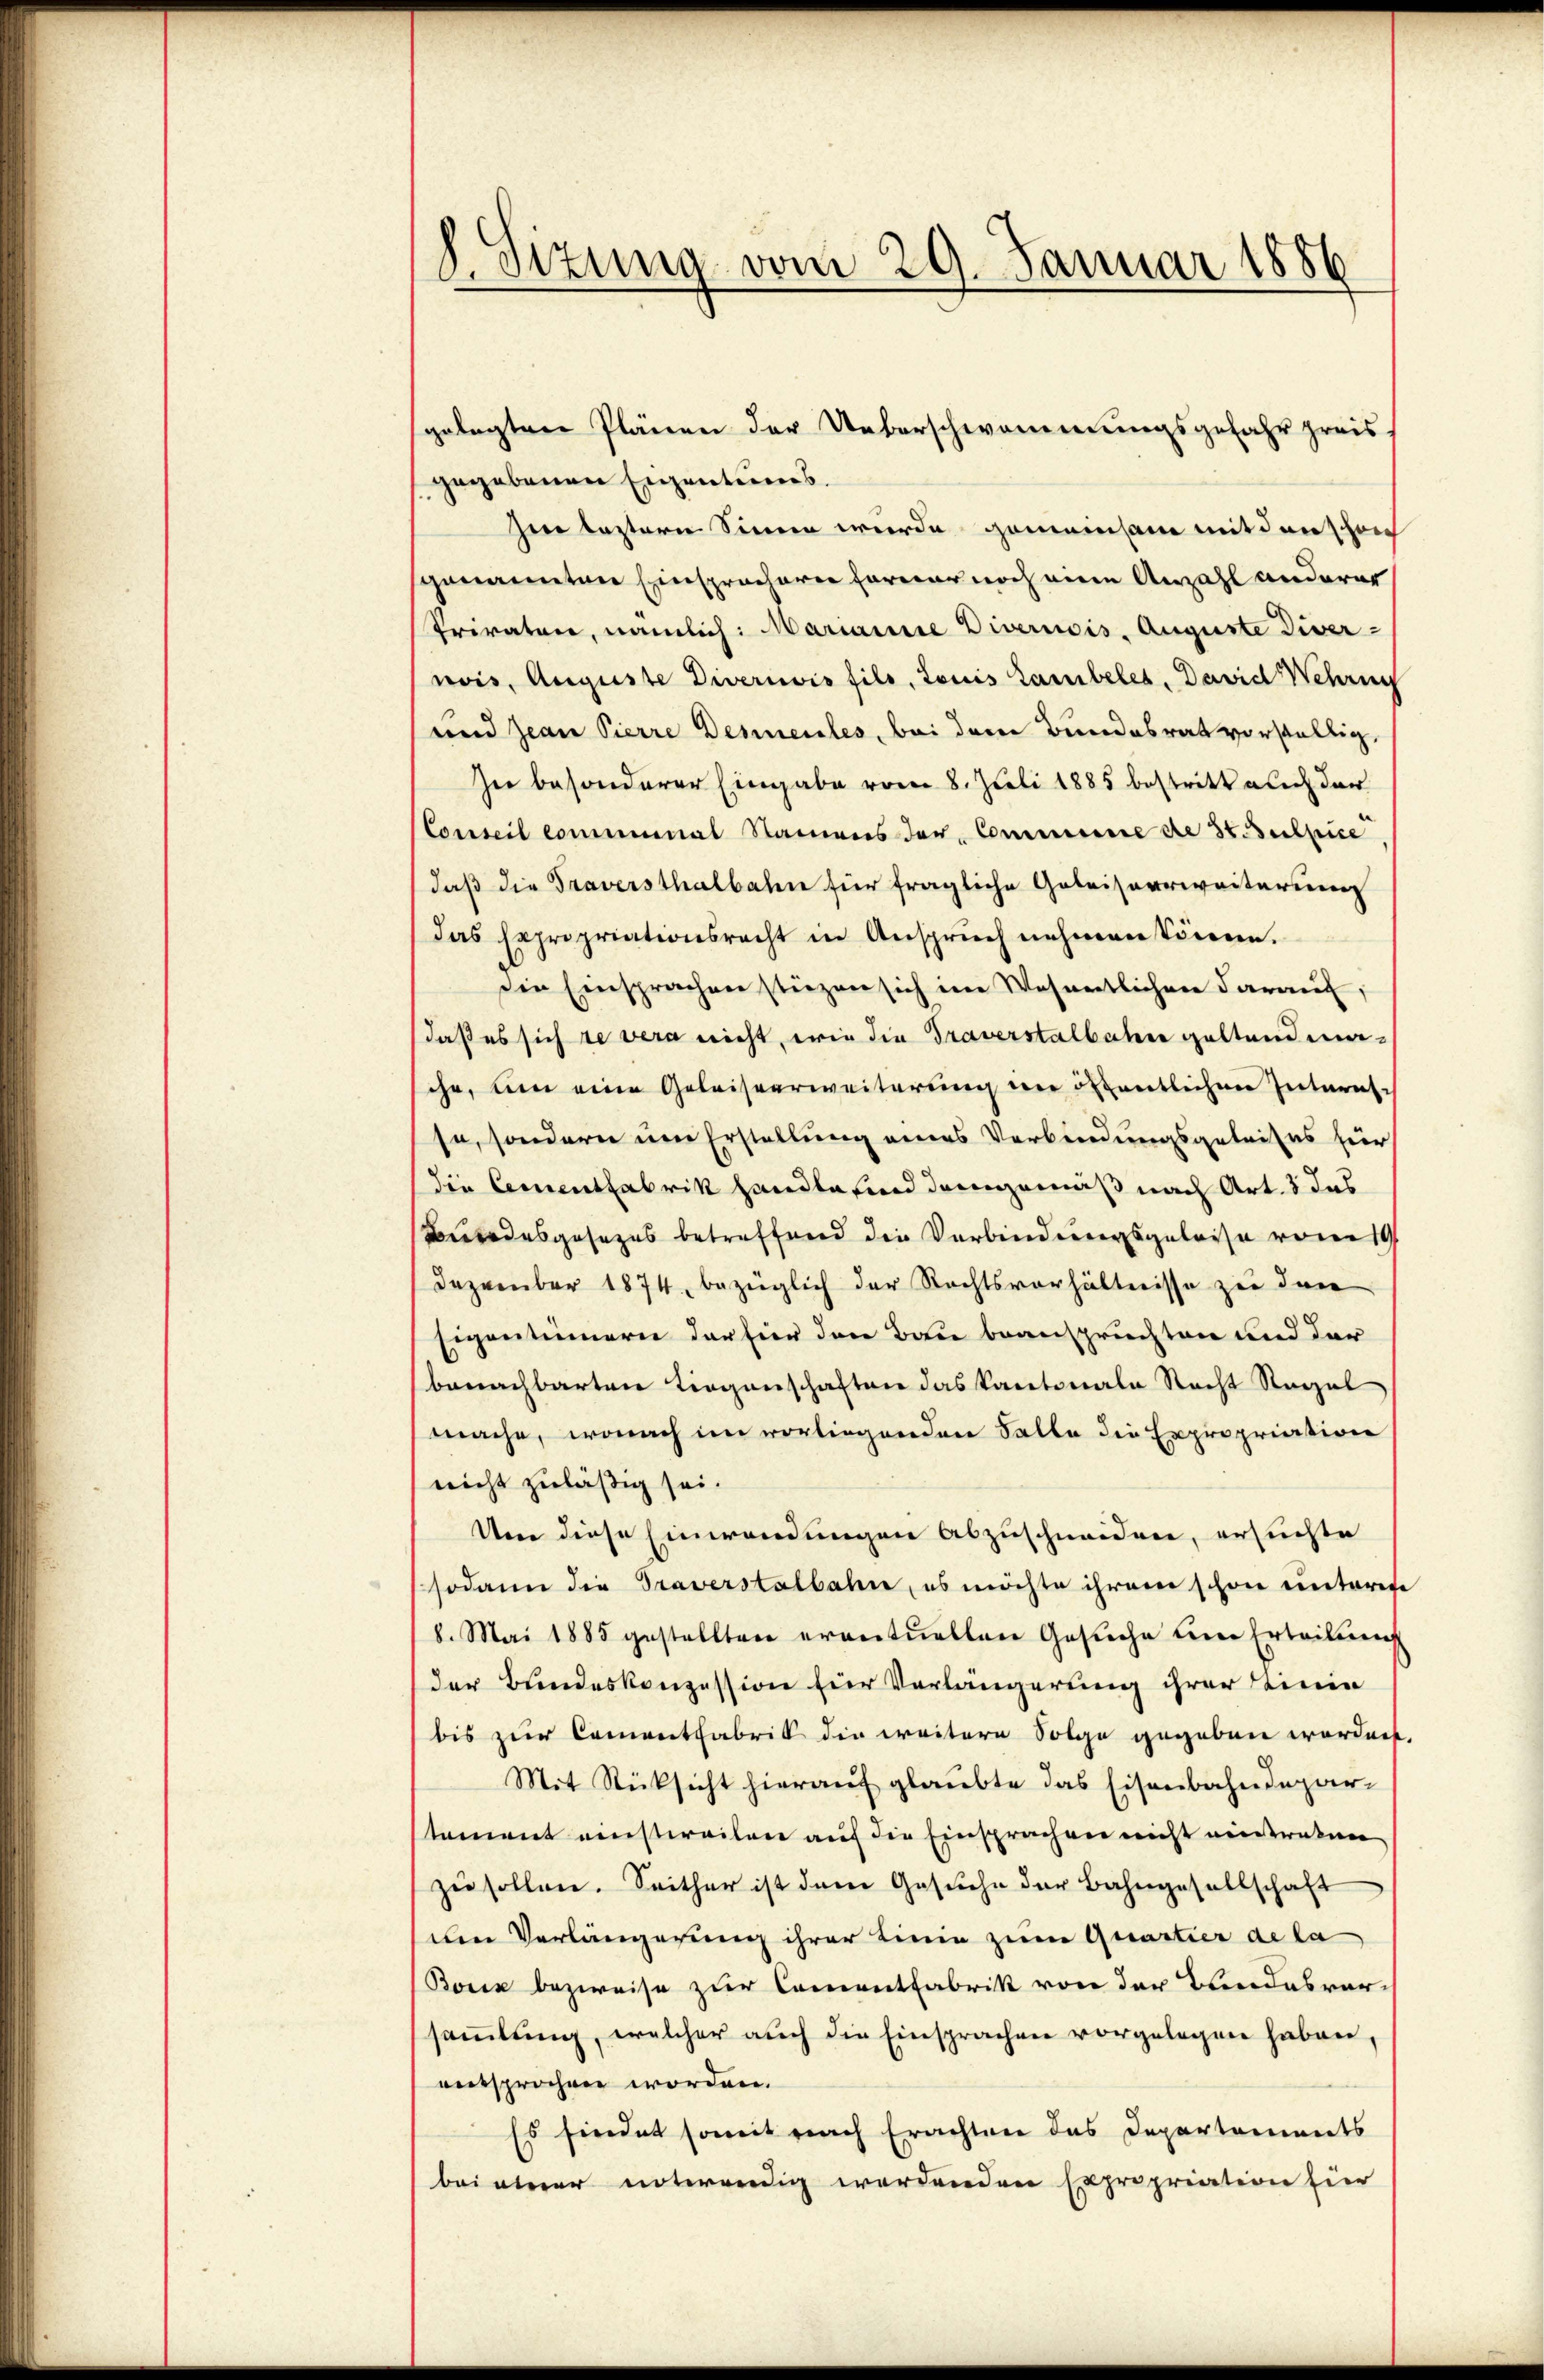
8. Sitzung vom 29. Januar 1886

gegebenen Eigentums.
zu lastern Sinne wurde gemeinsam mit denschen
sgenannten Einsprachern former noch eine Anzahl anderer
Priraten, nämlich: Mariaire Divernois, Auguste Divernois, Auguste Divernis fils, Louis Lambeles. David Wehrun
und Jean Pierre Deseules, bei dem Bundesrat vorstellig,
In besonderer Eingabe vom 8. Juli 1885 bestritt auch der
Conseil communal Namens der Commiserie de 34. Dubpice
daß die Traversthalbahn für fragliche Geleisverweiterung
das Expropriationsrecht in Anspruch nehmen könne.
die Einsprachen stüzen sich im Wesentlichen darauf,
daß es sich ze vera nicht, wie die Traverstalbahn geltendmasche, um eine Geleisverweiterung im öffentlichen Interalse, sondern um Erstellung eines Verbindungsgeleises hier
(die Cementfabrik handle sind demgemäß nach Art. 3 das
Bundesgesezes betreffend die Verbindungsgeleise vom 1
Dezember 1874, bezüglich der Rechtsverhältnisse zu den
Eigentümern der für den Bau beanspruchten und der
benachbarten Liegenschaften das Kantonale Recht Nagel
mache, wonach im vorliegenden Falle die Expropriation
nicht zuläßig sei.
Um diese Einwendungen abzuschneiden, ersuchte
sodann die Traverstalbahn, es möchte ihrem schon unterete
8. Mai 1885 gestellten eventuellen Gesuche eine Erteilung
der Bundeskonzession für Verlängerung ihrer Linie
bis zur Cementfabrik die weitere Folge gegeben worden,
Mit Rücksicht hierauf glaubte das Eisenbahndepar-
stament einstweilen auf die Einsprachen nicht eintraten
zu sollen. Seither ist dem Gesuche der Bahngesellschaft
den Verlängerung ihrer Linie zum Quartier de la
Bork bezweise zur Comentfabrik von der Bundesversammlung, welcher auch die Einsprachen vorgelegen haben
entsprochen worden.
Es findet somit nach Erachten das Departements
bei einer unterwendig werdenden Expropriation hier

gelegten Plänen der Ueberschwammungsgefahr preis